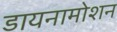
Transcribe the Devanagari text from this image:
डायनामोशन